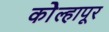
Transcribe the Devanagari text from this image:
काेेल्हापूर